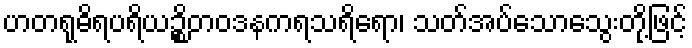
ဟတရုဓိရပရိယဉ္စိတဝဒနကရသရိရော၊ သတ်အပ်သောသွေးတို့ဖြင့်